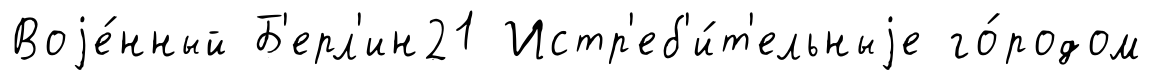
Воjе́нный Б'ерл'ин21 Истр'еб'и́т'ельныjе го́родом